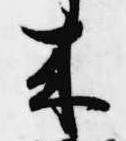
来